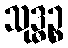
သုဒ္ဓဉ္စ